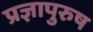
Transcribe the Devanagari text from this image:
प्रज्ञापुरुष